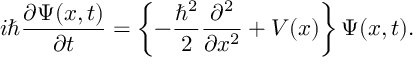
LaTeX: i \hbar \frac { \partial \Psi ( x , t ) } { \partial t } = \left\{ - \frac { \hbar ^ { 2 } } { 2 } \frac { \partial ^ { 2 } } { \partial x ^ { 2 } } + V ( x ) \right\} \Psi ( x , t ) .